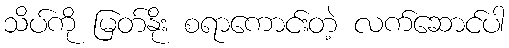
သိပ်ကို မြတ်နိုး စရာကောင်းတဲ့ လက်ဆောင်ပါ